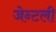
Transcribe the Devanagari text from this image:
जेन्टली